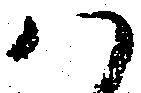
ハ